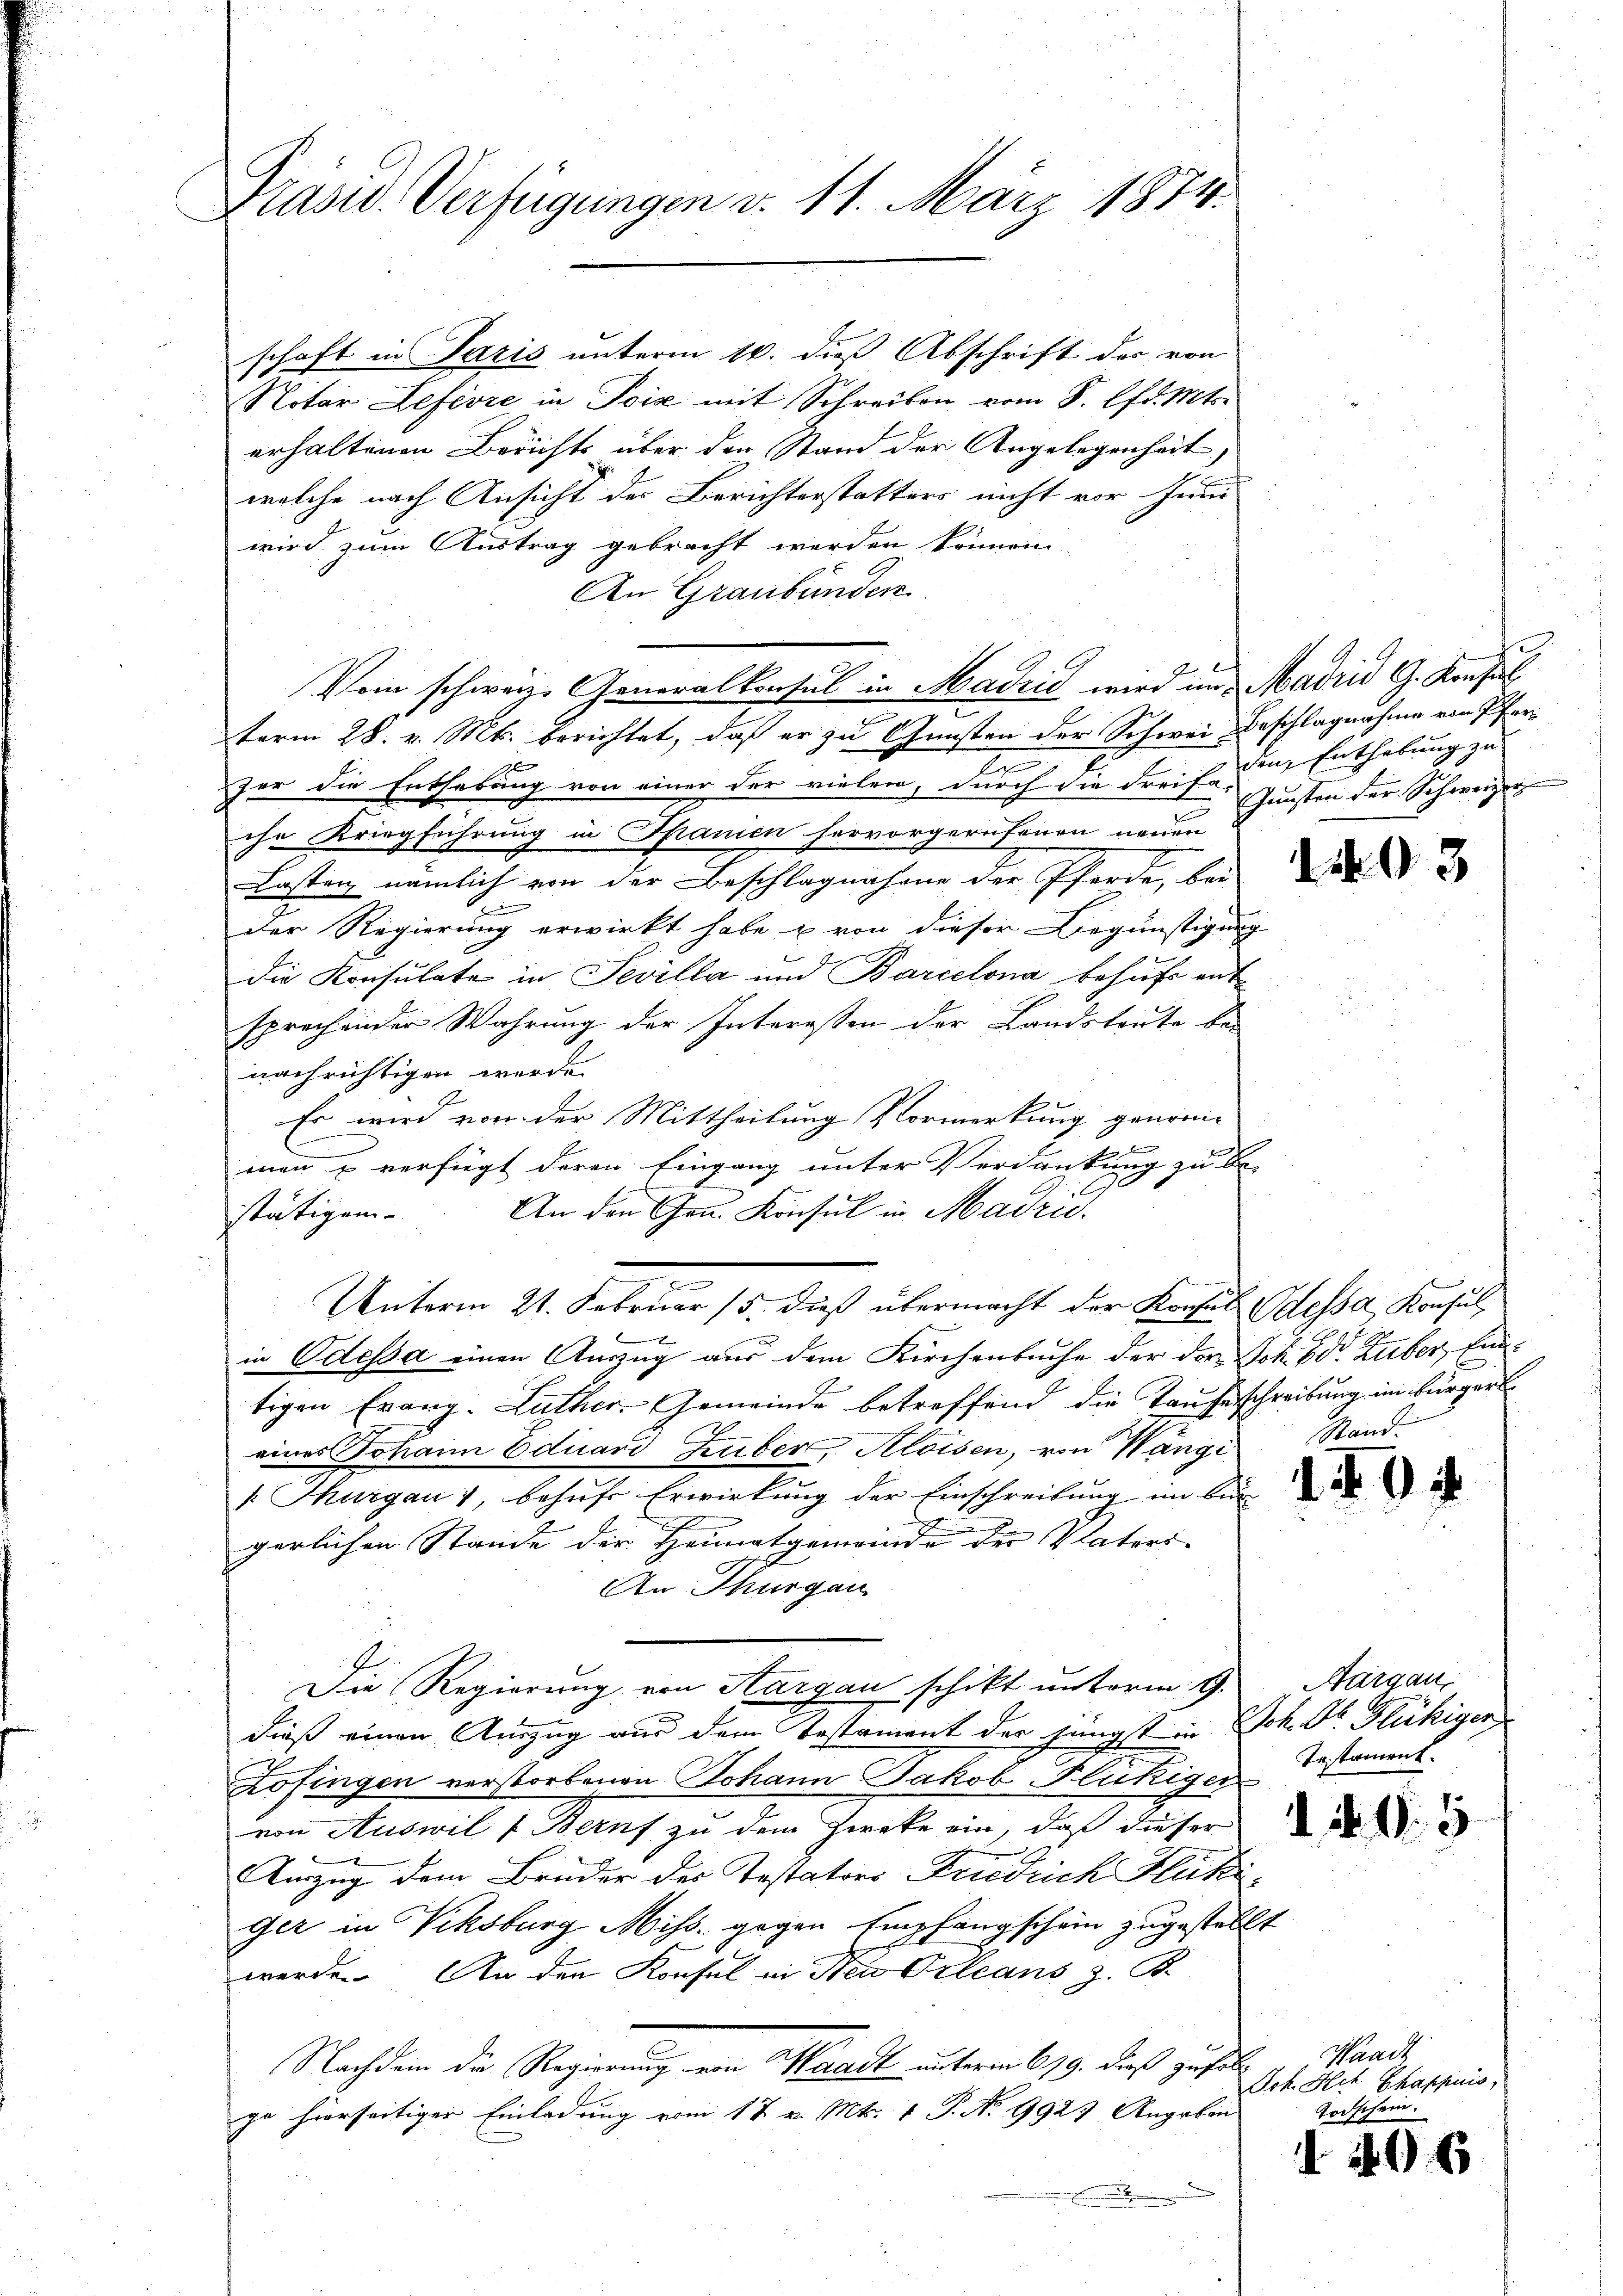
Präsid. Verfügungen d. 11. März 1874.

schaft in Paris unterm 16. dieß Abschrift des von
Notar Lefevre in Pois mit Schreiben vom 8. lfd. Mts.
erhaltenen Berichts über den Stand der Angelegenheit,
welche nach Ansicht der Berichterstatters nicht vor Juni
wird zum Austrag gebracht werden können
An Graubünden.
2
zer die Enthebung von einer der vielen, durch die dreif der Enthebung zu
che Kriegführung in Spanien hervorgerufenen neuen
Lasten nämlich von der Beschlagnahme der Pferde, bei
t
Der Regierung erwirkt habe u von dieser Begünstigung
die Konsulate in Sevilla und Barcelona behufs entsprechender Wahrung der Interessen der Landsleute bei
nachrichtigen werde.
Es wird von der Mittheilung Vormerkung genom¬
2
men u verfügt deren Eingang unter Verdankung zu be-
An den Hrn. Konsul in Madrid.
stätigen.
Unterm 21. Februar 15. dieß übermacht der Konsul dessa, Konsul,
.
in Odessa einen Auszug aus dem Kirchenbuche der der Joh. Bd. Zuber, Eintigen Evang. Luther Gemeinde betreffend die Taufeschreibung im bürgerl
eines Johann Eduard Luber, Aloisen, von Wängi
1. Thurgau 1, behŭfs Erwirkung der Einschreibung im bürgerlichen Stande der Heimatgemeinde der Vaters
An Thurgau
Die Regierung von Aargau schikt unterm 9.
dieß einen Auszug aus dem Bestament der jüngst in Joh. Dr. Flückiger
Zofingen verstorbenen Johann Jakob Flückiger
von Auswil & Beruf zu dem Zwecke ein, daß dieser
Umzug dem Bruder des Testators Fridrich Flecki,
Gez in Viksburg Miss gegen Empfangschein zugestellt
werde. An den Konsul in Neu Orleans z. B.
Nachdem die Regierung von Waadt unterm 619. dieß zufall
ge hierseitiger Einladung vom 17 v. Mts. 1 P. No 9923 Angaben

Vom schweiz. Generalkonsul in Madrid wird in Madrid G. Konsul
term 28. v. Mts. berichtet, daß er zu Gunsten der Schwei Beschlagnahme von Pfer¬

Junsten der Schweizer

93

Stand.

d

.

Aargau,
Testament.

. N. 1. 5

Waadt
Joh. Hch. Chappuis,
Todschein.

496